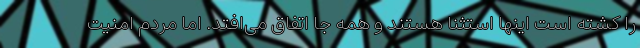
را کشته‌ است اینها استثنا هستند و همه جا اتفاق می‌افتد. اما مردم امنیت